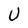
Character: U